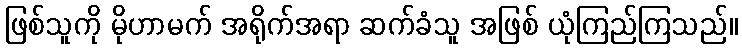
ဖြစ်သူကို မိုဟာမက် အရိုက်အရာ ဆက်ခံသူ အဖြစ် ယုံကြည်ကြသည်။